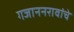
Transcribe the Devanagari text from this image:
गजाननरावांचे